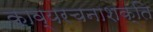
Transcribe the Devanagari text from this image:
काव्यरचनाशक्ति